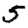
Digit: 5